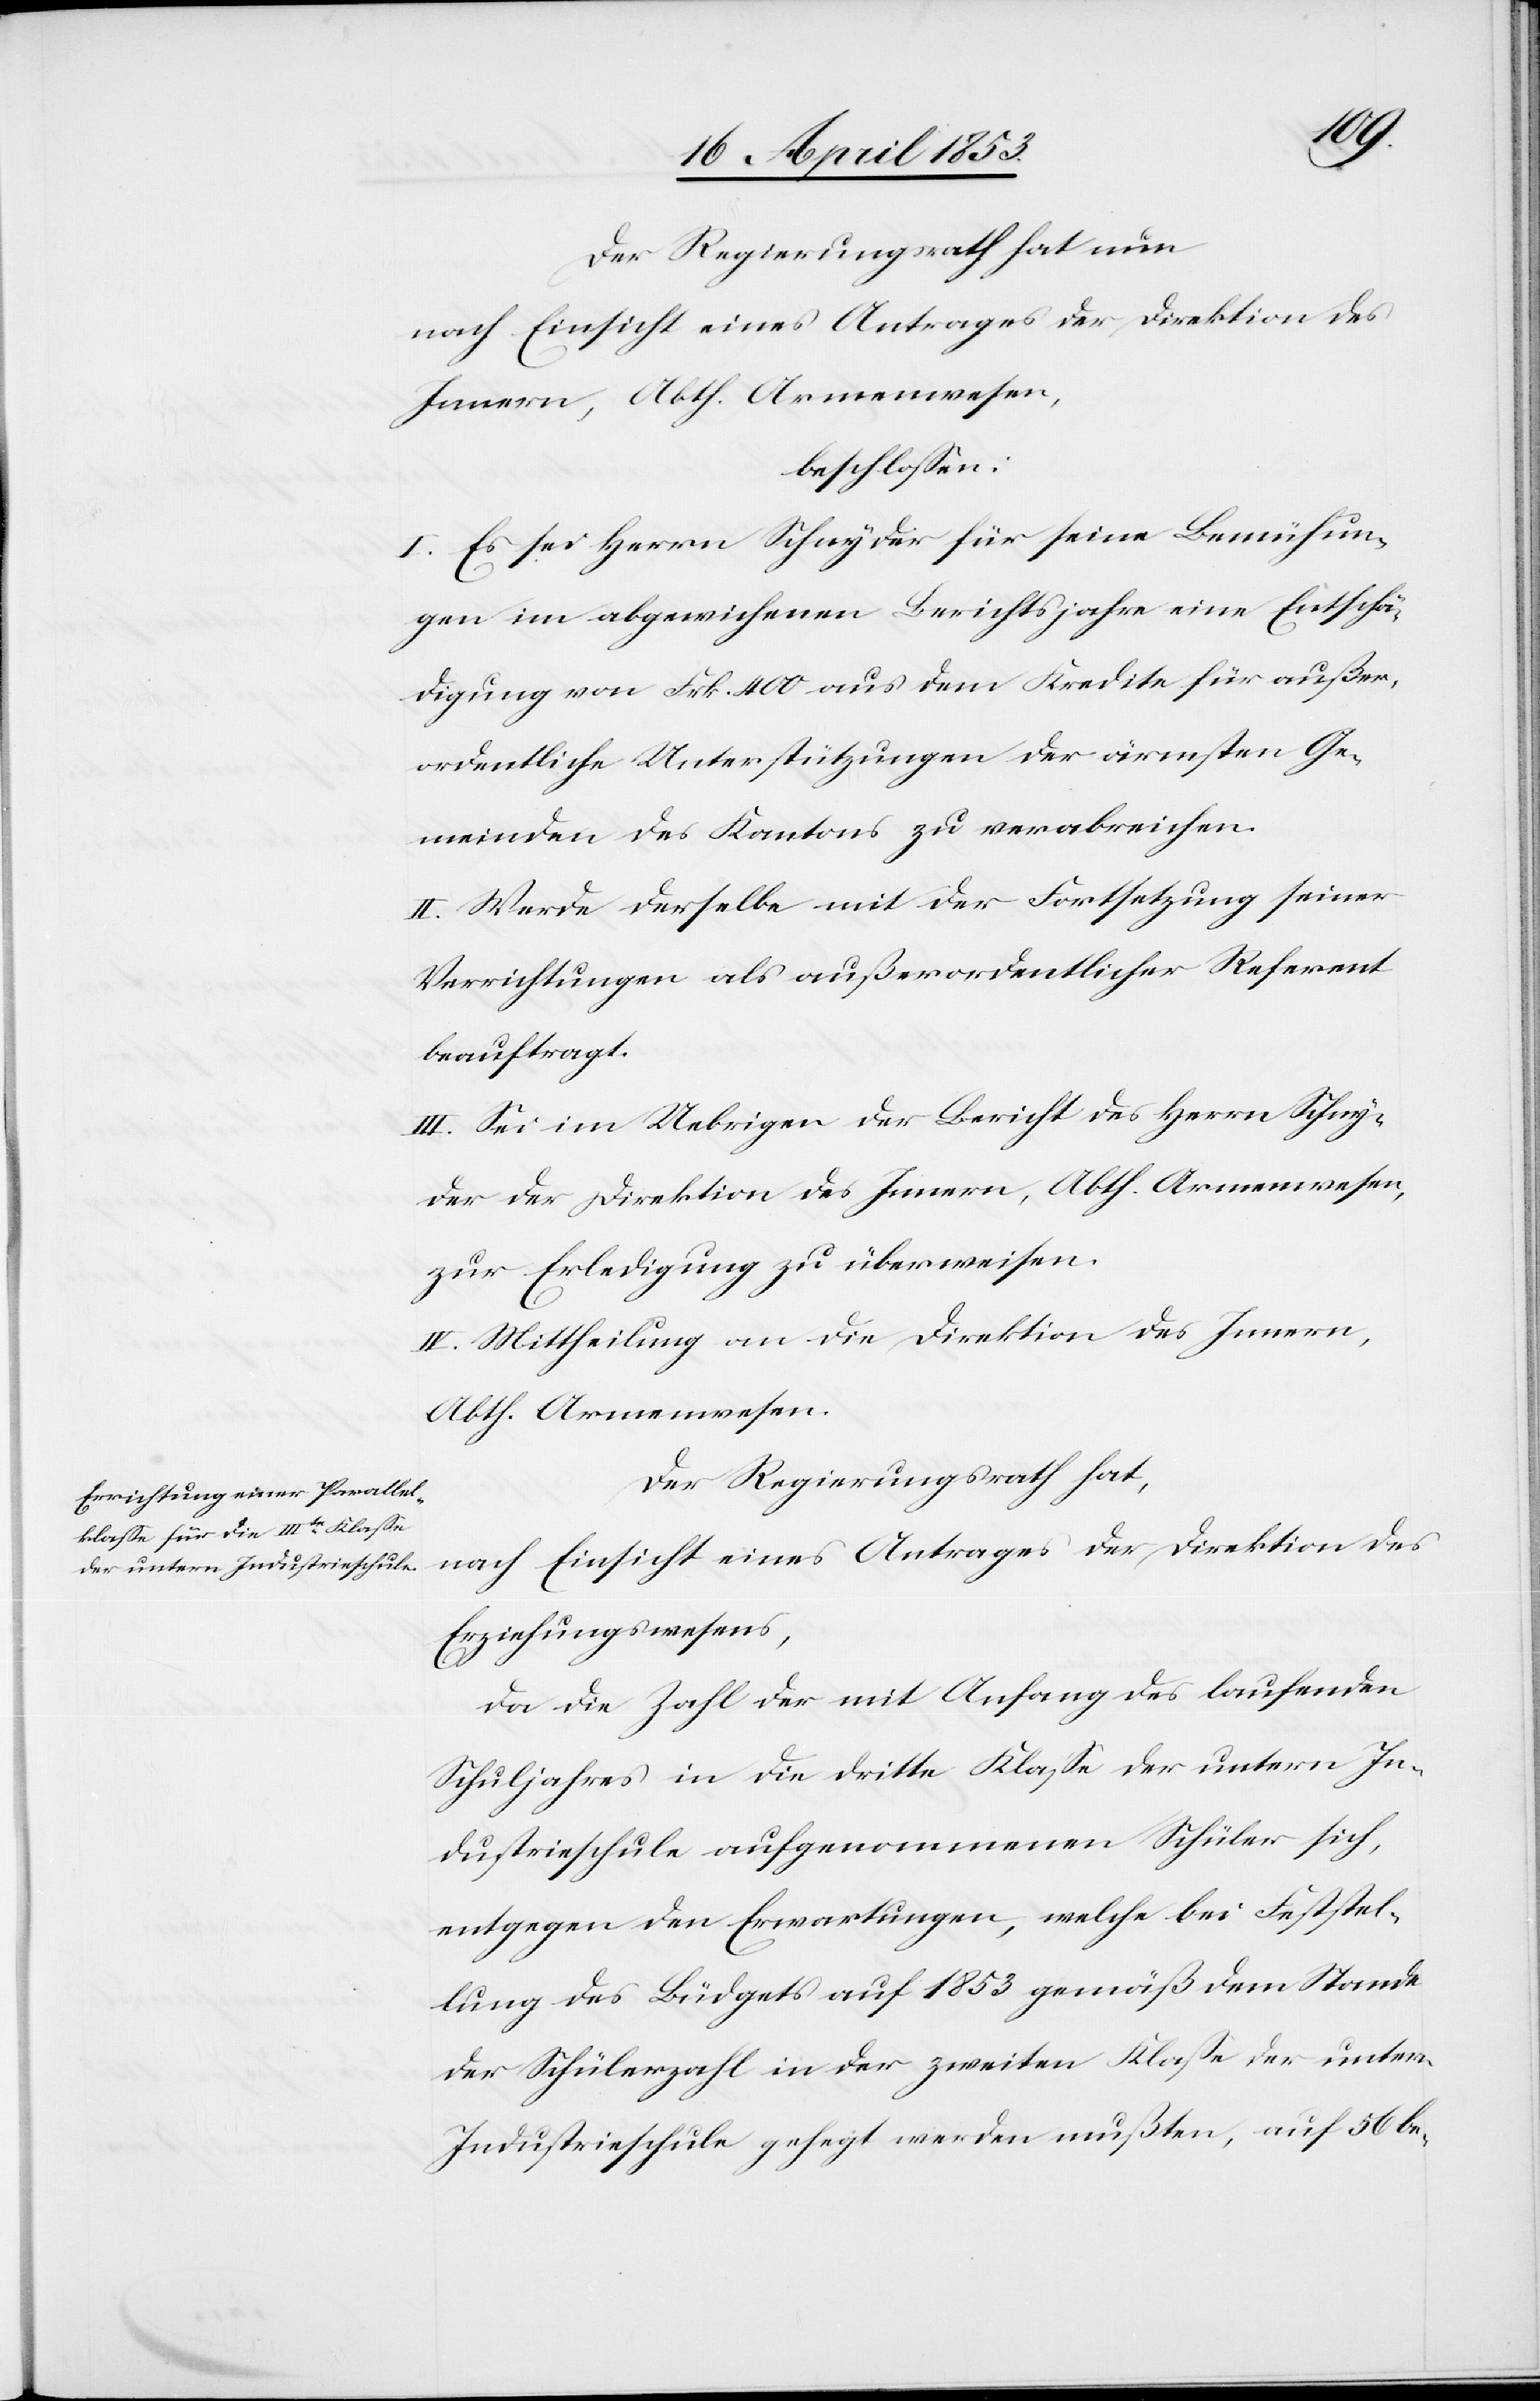
Der Regierungsrath hat nun
nach Einsicht eines Antrages der Direktion des
Innern, Abth. Armenwesen,
beschloßen:
I. Es sei Herrn Schnyder für seine Bemühun¬
gen im abgewichenen Berichtsjahre eine Entschä¬
digung von Frk. 400 aus dem Kredite für außer¬
ordentliche Unterstützungen der ärmsten Ge¬
meinden des Kantons zu verabreichen.
II. Werde derselbe mit der Fortsetzung seiner
Verrichtungen als außerordentlicher Referent
beauftragt.
III. Sei im Uebrigen der Bericht des Herrn Schny¬
der der Direktion des Innern, Abth. Armenwesen,
zur Erledigung zu überweisen.
IV. Mittheilung an die Direktion des Innern,
Abth. Armenwesen.
Der Regierungsrath hat,
nach Einsicht eines Antrages der Direktion des
Erziehungswesens,
da die Zahl der mit Anfang des laufenden
Schuljahres in die dritte Klaße der untern In¬
dustrieschule aufgenommenen Schüler sich,
entgegen den Erwartungen, welche bei Feststel¬
lung des Büdgets auf 1853 gemäß dem Stande
der Schülerzahl in der zweiten Klaße der untern
Industrieschule gehegt werden mußten, auf 56 be-